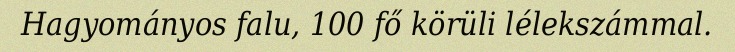
Hagyományos falu, 100 fő körüli lélekszámmal.